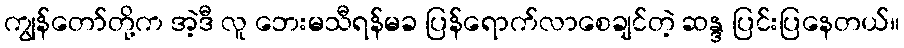
ကျွန်တော်တို့က အဲ့ဒီ လူ ဘေးမသီရန်မခ ပြန်ရောက်လာစေချင်တဲ့ ဆန္ဒ ပြင်းပြနေတယ်။